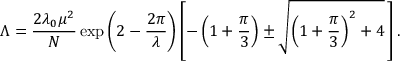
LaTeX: \Lambda = \frac { 2 \lambda _ { 0 } \mu ^ { 2 } } { N } \exp \left( 2 - \frac { 2 \pi } { \lambda } \right) \left[ - \left( 1 + \frac { \pi } { 3 } \right) \pm \sqrt { \left( 1 + \frac { \pi } { 3 } \right) ^ { 2 } + 4 } \, \right] .